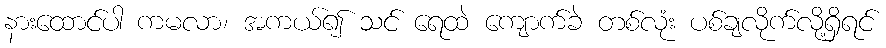
နားထောင်ပါ ကမလာ၊ အကယ်၍ သင် ရေထဲ ကျောက်ခဲ တစ်လုံး ပစ်ချလိုက်လို့ရှိရင်